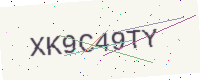
Text: XK9C49TY